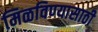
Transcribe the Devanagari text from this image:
मिळविण्‍यासाठी